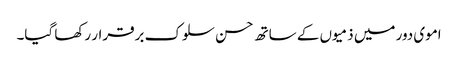
اموی دور میں ذمیوں کے ساتھ حسن سلوک برقرار رکھا گیا۔